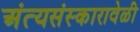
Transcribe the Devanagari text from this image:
अंत्यसंस्कारावेळी